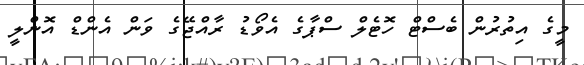
މީގެ އިތުރުން ބެސްޓް ހޮޓެލް ސްޕާގެ އެވޯޑު ރާއްޖޭގެ ވަން އެންޑް އޮންލީ